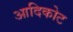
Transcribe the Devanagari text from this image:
आदिकोट